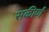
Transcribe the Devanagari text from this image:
सकीर्ण